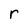
Character: r